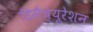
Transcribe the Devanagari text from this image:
डिसैच्यूरेशन